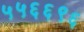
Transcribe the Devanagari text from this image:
५५६६९६